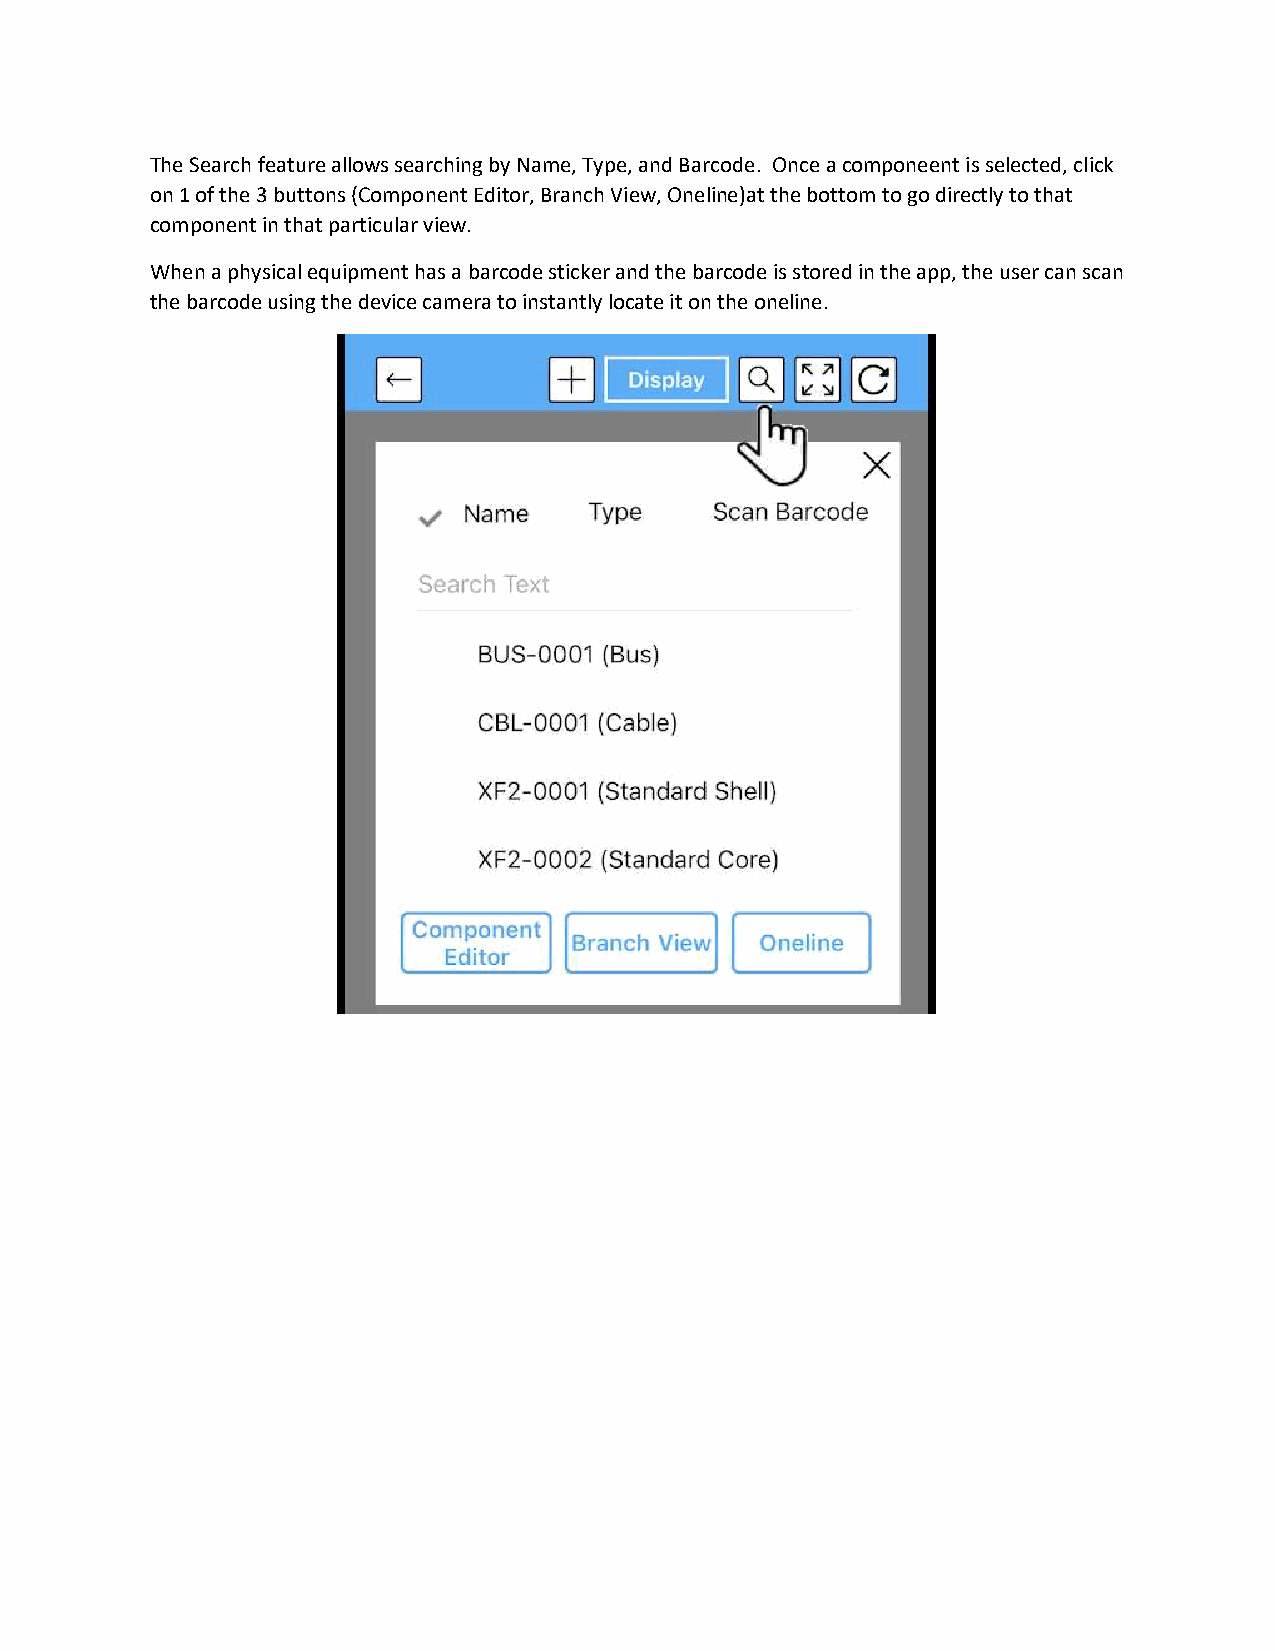
The Search feature allows searching by Name, Type, and Barcode. Once a componeent is selected, click
 on 1 of the 3 buttons (Component Editor, Branch View, Oneline)at the bottom to go directly to that
 component in that particular view.
 When a physical equipment has a barcode sticker and the barcode is stored in the app, the user can scan
 the barcode using the device camera to instantly locate it on the oneline.